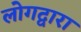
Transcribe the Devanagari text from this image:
लोगद्वारा